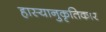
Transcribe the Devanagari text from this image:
हास्यानुकृतिकार